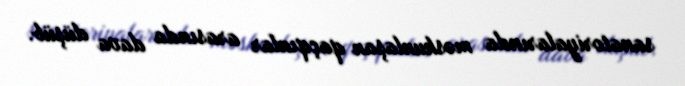
sanatoriyalarında məskunlaşan qaçqınlar arasında dava düşüb.